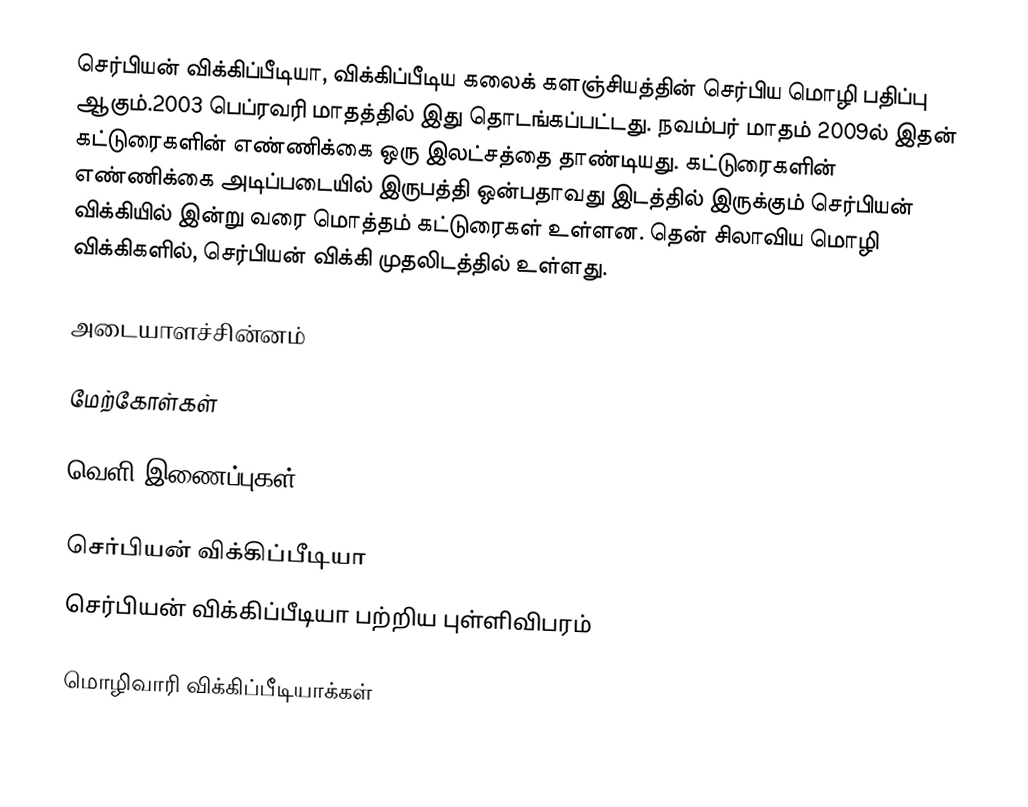
செர்பியன் விக்கிப்பீடியா, விக்கிப்பீடிய கலைக் களஞ்சியத்தின் செர்பிய மொழி பதிப்பு ஆகும்.2003 பெப்ரவரி மாதத்தில் இது தொடங்கப்பட்டது. நவம்பர் மாதம் 2009ல் இதன் கட்டுரைகளின் எண்ணிக்கை ஒரு இலட்சத்தை தாண்டியது. கட்டுரைகளின் எண்ணிக்கை அடிப்படையில் இருபத்தி ஒன்பதாவது இடத்தில் இருக்கும் செர்பியன் விக்கியில் இன்று வரை மொத்தம் கட்டுரைகள் உள்ளன. தென் சிலாவிய மொழி விக்கிகளில், செர்பியன் விக்கி முதலிடத்தில் உள்ளது.

அடையாளச்சின்னம்

மேற்கோள்கள்

வெளி இணைப்புகள்

 செர்பியன் விக்கிப்பீடியா
 செர்பியன் விக்கிப்பீடியா பற்றிய புள்ளிவிபரம்

மொழிவாரி விக்கிப்பீடியாக்கள்